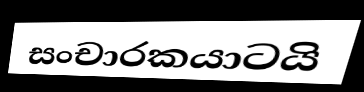
සංචාරකයාටයි